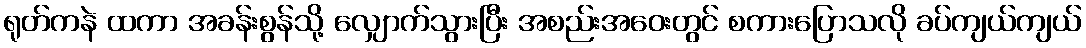
ရုတ်ကနဲ ထကာ အခန်းစွန်သို့ လျှောက်သွားပြီး အစည်းအဝေးတွင် စကားပြောသလို ခပ်ကျယ်ကျယ်